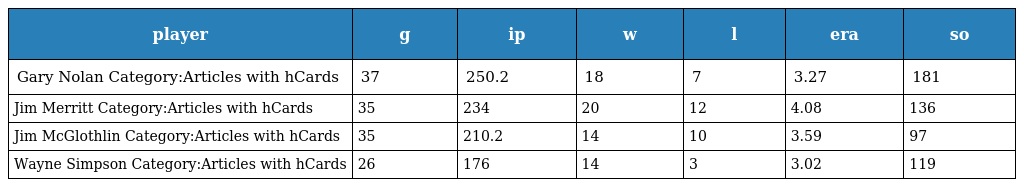
| player | g | ip | w | l | era | so |
 | --- | --- | --- | --- | --- | --- | --- |
 | Gary Nolan Category:Articles with hCards | 37 | 250.2 | 18 | 7 | 3.27 | 181 |
 | Jim Merritt Category:Articles with hCards | 35 | 234 | 20 | 12 | 4.08 | 136 |
 | Jim McGlothlin Category:Articles with hCards | 35 | 210.2 | 14 | 10 | 3.59 | 97 |
 | Wayne Simpson Category:Articles with hCards | 26 | 176 | 14 | 3 | 3.02 | 119 |